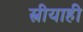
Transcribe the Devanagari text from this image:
स्त्रीयाही